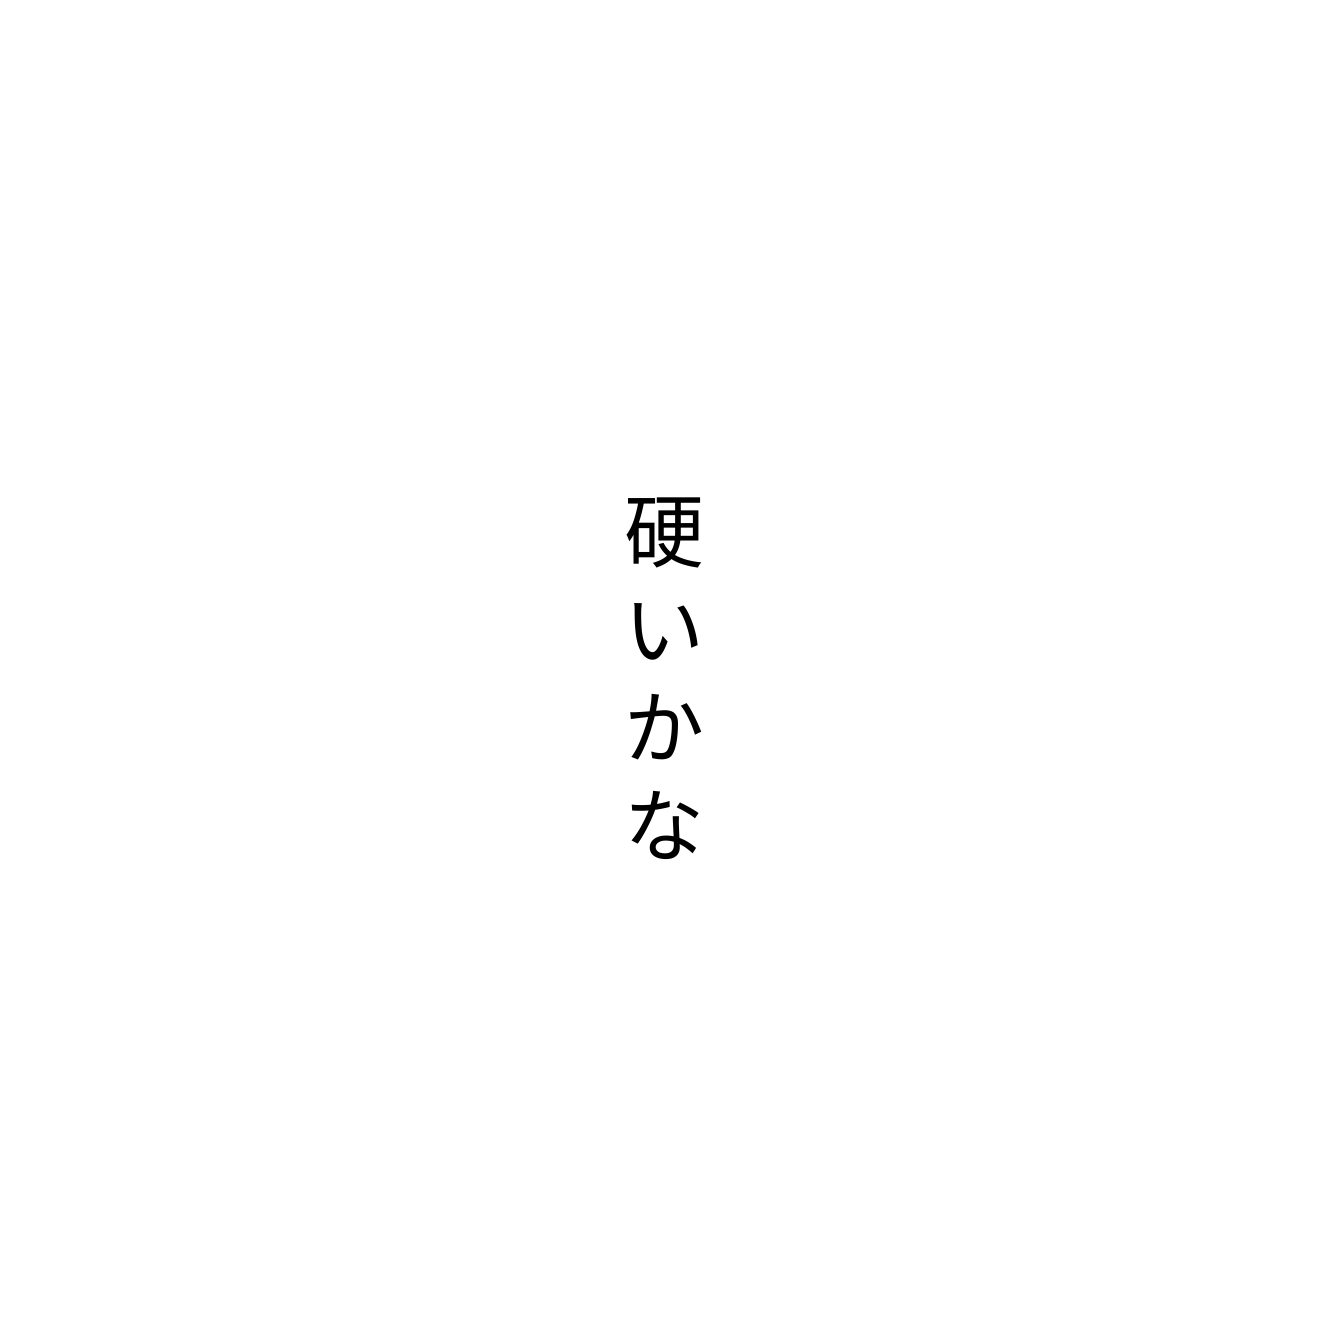
硬いかな